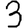
Digit: 3